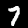
Digit: 7